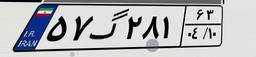
۷۷گ۲۴۷۵۹